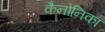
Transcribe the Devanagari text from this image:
कैनोनिका